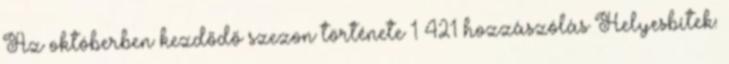
Az októberben kezdődő szezon története 1 421 hozzászólás Helyesbítek: